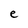
Character: e